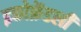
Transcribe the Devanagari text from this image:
इकोफ्रेंडली